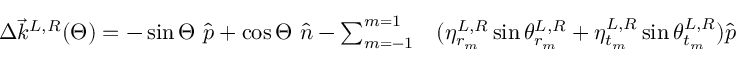
\begin{array} { r l } { \Delta \Vec { k } ^ { L , R } ( \Theta ) = - \sin \Theta \ \hat { p } + \cos \Theta \ \hat { n } - \sum _ { m = - 1 } ^ { m = 1 } } & { { } ( \eta _ { r _ { m } } ^ { L , R } \sin \theta _ { r _ { m } } ^ { L , R } + \eta _ { { t _ { m } } } ^ { L , R } \sin \theta _ { t _ { m } } ^ { L , R } ) \hat { p } } \end{array}